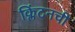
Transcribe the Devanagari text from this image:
क्लिंटनची